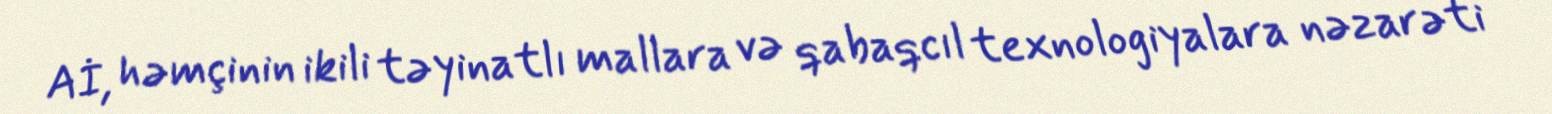
Aİ, həmçinin ikili təyinatlı mallara və qabaqcıl texnologiyalara nəzarəti